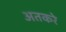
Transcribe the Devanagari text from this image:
अतकरे